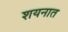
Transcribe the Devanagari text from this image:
शयनात